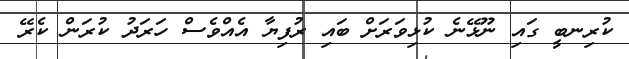
ކުރިނބީ ގައި ނޫޅޭނެ ކުޅިވަރަށް ބައި ރުފިޔާ އެއްވެސް ހަރަދު ކުރަން ކެރޭ